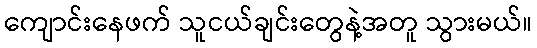
ကျောင်းနေဖက် သူငယ်ချင်းတွေနဲ့အတူ သွားမယ်။